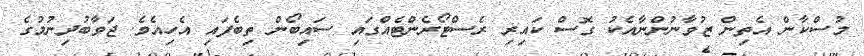
މުސްކާން އެތިން ޒުވާނުންނާއެކު ގޮސް ކައިރި ރެސްޓޯރެންޓެއްގައި ސައިބޯން ތިބެފައި އެހިއެވެ. ޖަވާބުދިނުމުގެ